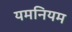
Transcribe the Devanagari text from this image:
यमनियम